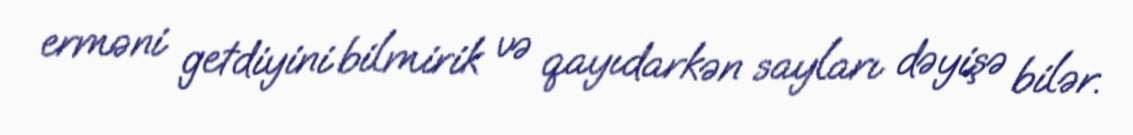
erməni getdiyini bilmirik və qayıdarkən sayları dəyişə bilər.